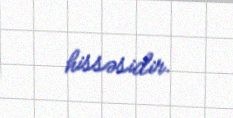
hissəsidir.